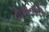
પીએનએચ